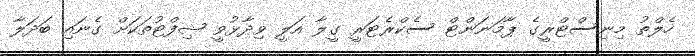
ހެލްތު މިނިސްޓްރީގެ ޕާމަނަންޓް ސެކްރެޓަރީ ގީލާ އަލީ ވިދާޅުވީ ޝިފްޓުތަކަށް ގެނައި ބަދަލާ